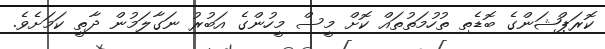
ކޮރަޕްޝަންގެ ބޮޑެތި ތުހުމަތުތައް ކޮށް މީސް މީހުންގެ އަބުރު ނަގާލަމުން ދާތީ ކަމަށެވެ.